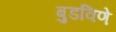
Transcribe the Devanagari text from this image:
बुडविणे